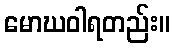
မောဃဝါရတည်း။